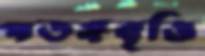
পতঙ্গবৃত্তি